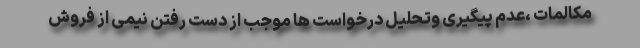
مکالمات ،عدم پیگیری وتحلیل درخواست ها موجب از دست رفتن نیمی از فروش